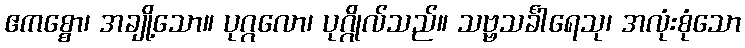
ဧကစ္စော၊ အချို့သော။ ပုဂ္ဂလော၊ ပုဂ္ဂိုလ်သည်။ သဗ္ဗသင်္ခါရေသု၊ အလုံးစုံသော